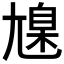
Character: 𡰆